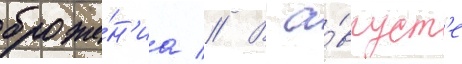
броже́н'иа // В а́вгуст'е